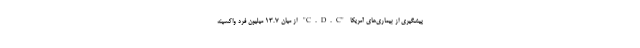
پیشگیری از بیماری‌های آمریکا "C.D.C" از میان 13.7 میلیون فرد واکسینه